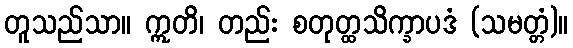
တူသည်သာ။ ဣတိ၊ တည်း စတုတ္ထသိက္ခာပဒံ (သမတ္တံ)။